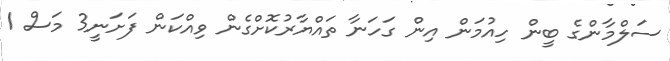
ސަލްމާންގެ ބީން ހިއުމަން އިން ގަހަނާ ތައްޔާރުކޮށްގެން ވިއްކަން ފަށަނީ3 މަސް 1